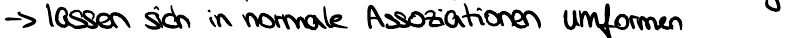
-> lassen sich in normale Assoziationen umformen